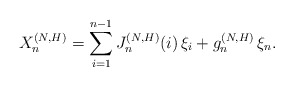
\begin{align*}X_n^{(N,H)}=\sum\limits_{i=1}^{n-1}J_n^{(N,H)}(i)\,\xi_i+g_n^{(N,H)}\,\xi_n.\end{align*}